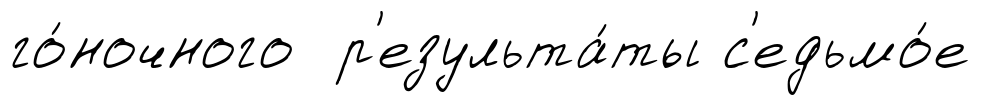
го́ночного р'езульта́ты с'едьмо́е